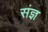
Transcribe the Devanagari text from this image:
संज्ञ